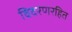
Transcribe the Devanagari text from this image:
विदरणरहित